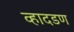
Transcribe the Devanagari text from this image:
व्हादडण